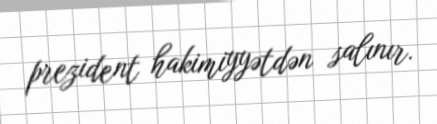
prezident hakimiyyətdən salınır.